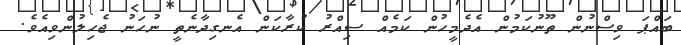
ބައްޕަ ވިސްނުން ތޫނުކަމުން އެދެމީހުން ކަމެއް ސިއްރު ކުރާކަން އެނގިދާނެތީ ނުހަނު ޖެހިލުންވިއެވެ.